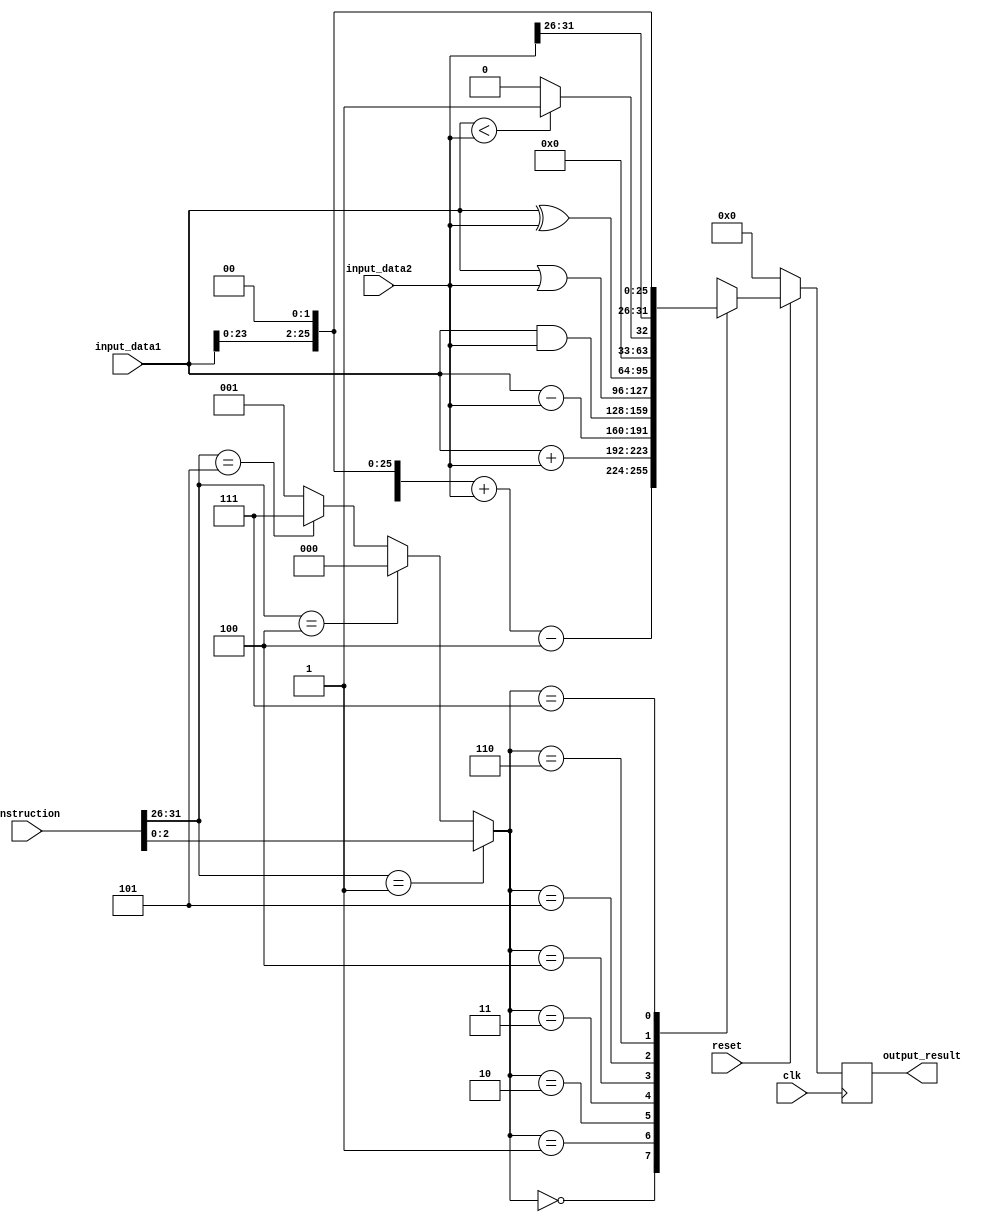
module ALU(
	 (* KEEP = "TRUE" *)input [31:0] instruction,
    input [31:0] input_data1,
    input [31:0] input_data2,
	 input clk,
	 input reset,
    (* KEEP = "TRUE" *)output reg [31:0] output_result
    );
	
	reg [31:0] temp;
	wire [2:0] alu_op;
	wire [5:0] opcode;
	wire [10:0] alu_func;
	
	parameter [5:0] ALU = 6'b000001;
	parameter [5:0] SW  = 6'b000010;
	parameter [5:0] LW  = 6'b000011;
	parameter [5:0] BEQ = 6'b000100;
	parameter [5:0] JMP = 6'b000101;
	
	assign opcode = instruction[31:26];
	assign alu_func = instruction[10:0];
	assign alu_op = (opcode == ALU)? alu_func[2:0] : (opcode == BEQ)? 3'b000 : (opcode == JMP)? 3'b111 : 3'b001;
	
	always@(posedge clk) begin		
		if(reset == 0) begin
			output_result = 32'b0;
			temp = 32'b0;
		end
		else begin
			case(alu_op)
				3'b000 : output_result = (input_data1 << 2) + input_data2 - 4;
				3'b001 : output_result = input_data1 + input_data2;
				3'b010 : output_result = input_data1 - input_data2;
				3'b011 : output_result = input_data1 & input_data2;
				3'b100 : output_result = input_data1 | input_data2;
				3'b101 : output_result = input_data1 ^ input_data2;
				3'b110 : output_result = (input_data1 < input_data2)? 32'h000000001 : 32'h00000000;
				3'b111 : begin
								temp = input_data1 << 2;
								output_result = {input_data2[31:26], temp[25:0]};
							end
				default:
					begin
						output_result = input_data1 + input_data2;
					end
			endcase
		end	
	end
endmodule